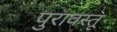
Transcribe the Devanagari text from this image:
पुरावस्तू